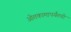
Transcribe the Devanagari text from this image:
ओतकामापर्यंतची